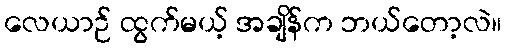
လေယာဉ် ထွက်မယ့် အချိန်က ဘယ်တော့လဲ။